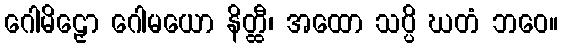
ဂေါမိဠှော ဂေါမယော နိတ္ထီ၊ အထော သပ္ပိ ဃတံ ဘဝေ။